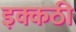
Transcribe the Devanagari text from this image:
इक्कठी